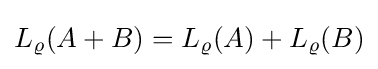
L_{\varrho }(A+B)=L_{\varrho }(A)+L_{\varrho }(B)